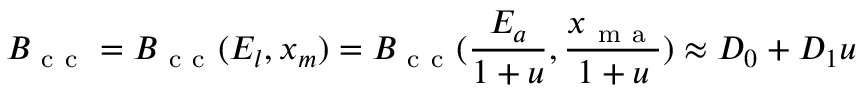
{ \cal B } _ { \mathrm { ~ c ~ c ~ } } = { \cal B } _ { \mathrm { ~ c ~ c ~ } } ( E _ { l } , x _ { m } ) = { \cal B } _ { \mathrm { ~ c ~ c ~ } } ( \frac { E _ { a } } { 1 + u } , \frac { x _ { \mathrm { ~ m ~ a ~ } } } { 1 + u } ) \approx D _ { 0 } + D _ { 1 } u